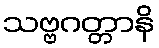
သဗ္ဗဂတ္တာနိ